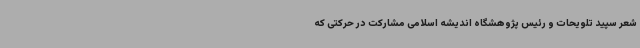
شعر سپید تلویحات و رئیس پژوهشگاه اندیشه اسلامی مشارکت در حرکتی که